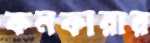
কনকারার